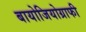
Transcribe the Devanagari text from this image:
बायोजियोग्राफी